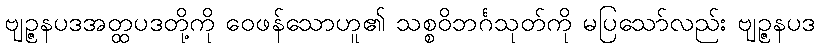
ဗျဉ္ဇနပဒအတ္ထပဒတို့ကို ဝေဖန်သောဟူ၏ သစ္စဝိဘင်္ဂသုတ်ကို မပြသော်လည်း ဗျဉ္ဇနပဒ